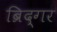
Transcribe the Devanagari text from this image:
ब्रिद्गर